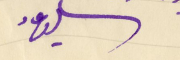
سالي عاد